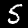
Digit: 5